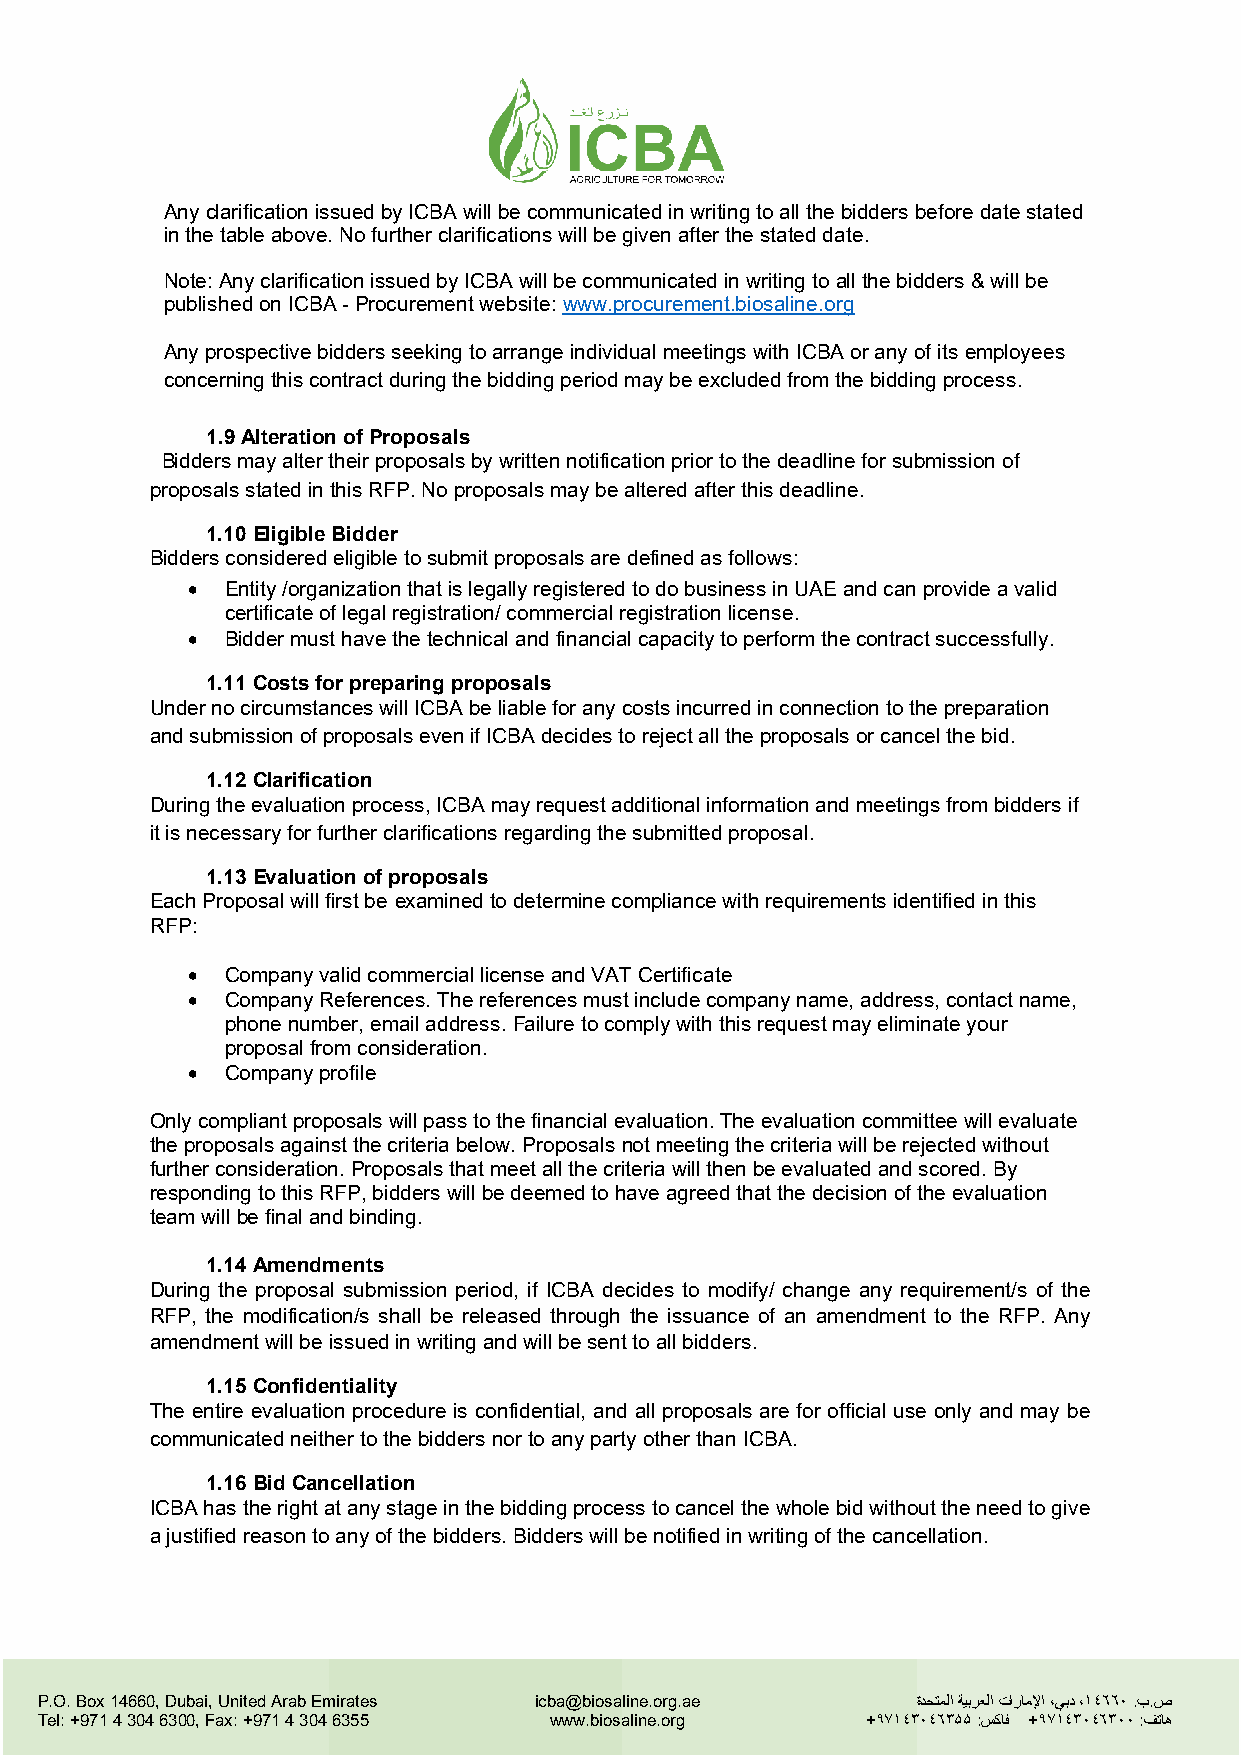
Any clarification issued by ICBA will be communicated in writing to all the bidders before date stated
 in the table above. No further clarifications will be given after the stated date.
 Note: Any clarification issued by ICBA will be communicated in writing to all the bidders & will be
 published on ICBA - Procurement website: www.procurement.biosaline.org
 Any prospective bidders seeking to arrange individual meetings with ICBA or any of its employees
 concerning this contract during the bidding period may be excluded from the bidding process.
 1.9 Alteration of Proposals
 Bidders may alter their proposals by written notification prior to the deadline for submission of
 proposals stated in this RFP. No proposals may be altered after this deadline.
 1.10 Eligible Bidder
 Bidders considered eligible to submit proposals are defined as follows:
 •  Entity /organization that is legally registered to do business in UAE and can provide a valid
 certificate of legal registration/ commercial registration license.
 •  Bidder must have the technical and financial capacity to perform the contract successfully.
 1.11 Costs for preparing proposals
 Under no circumstances will ICBA be liable for any costs incurred in connection to the preparation
 and submission of proposals even if ICBA decides to reject all the proposals or cancel the bid.
 1.12 Clarification
 During the evaluation process, ICBA may request additional information and meetings from bidders if
 it is necessary for further clarifications regarding the submitted proposal.
 1.13 Evaluation of proposals
 Each Proposal will first be examined to determine compliance with requirements identified in this
 RFP:
 •  Company valid commercial license and VAT Certificate
 •  Company References. The references must include company name, address, contact name,
 phone number, email address. Failure to comply with this request may eliminate your
 proposal from consideration.
 •  Company profile
 Only compliant proposals will pass to the financial evaluation. The evaluation committee will evaluate
 the proposals against the criteria below. Proposals not meeting the criteria will be rejected without
 further consideration. Proposals that meet all the criteria will then be evaluated and scored. By
 responding to this RFP, bidders will be deemed to have agreed that the decision of the evaluation
 team will be final and binding.
 1.14 Amendments
 During the proposal submission period, if ICBA decides to modify/ change any requirement/s of the
 RFP, the modification/s shall be released through the issuance of an amendment to the RFP. Any
 amendment will be issued in writing and will be sent to all bidders.
 1.15 Confidentiality
 The entire evaluation procedure is confidential, and all proposals are for official use only and may be
 communicated neither to the bidders nor to any party other than ICBA.
 1.16 Bid Cancellation
 ICBA has the right at any stage in the bidding process to cancel the whole bid without the need to give
 a justified reason to any of the bidders. Bidders will be notified in writing of the cancellation.
 P.O. Box 14660, Dubai, United Arab Emirates icba@biosaline.org.ae ةدﺣﺗﻣﻟا ﺔﯾﺑرﻌﻟا تارﺎﻣﻹا ،ﻲﺑد ،۱٤٦٦۰ .ب.ص
 Tel: +971 4 304 6300, Fax: +971 4 304 6355 www.biosaline.org +۹۷۱٤۳۰٤٦۳۵۵ :سﻛﺎﻓ +۹۷۱٤۳۰٤٦۳۰۰ :فﺗﺎھ